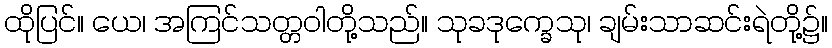
ထိုပြင်။ ယေ၊ အကြင်သတ္တဝါတို့သည်။ သုခဒုက္ခေသု၊ ချမ်းသာဆင်းရဲတို့၌။